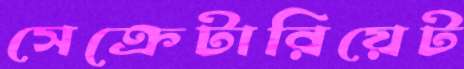
সেক্রেটারিয়েট